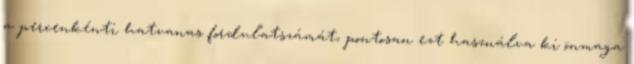
a percenkénti hatvanas fordulatszámát, pontosan ezt használva ki önmaga